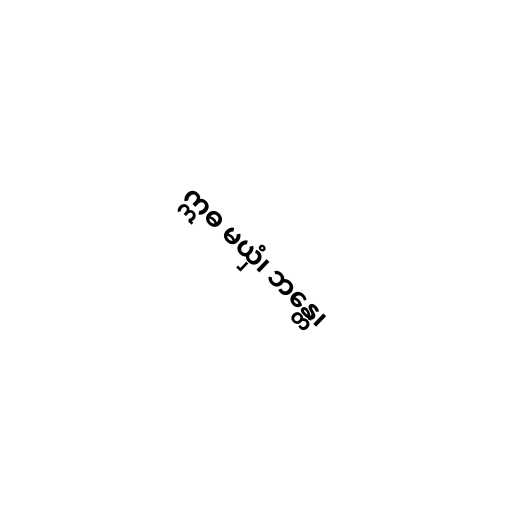
ဣဓ မယှံ၊ ဘန္တေ၊